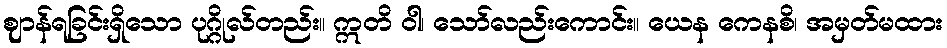
ဈာန်ရခြင်းရှိသော ပုဂ္ဂိုလ်တည်း။ ဣတိ ဝါ၊ သော်လည်းကောင်း။ ယေန ကေနစိ၊ အမှတ်မထား